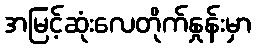
အမြင့်ဆုံးလေတိုက်နှုန်းမှာ